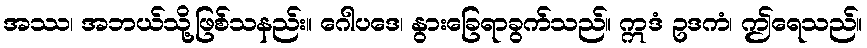
အဿ၊ အဘယ်သို့ဖြစ်သနည်း။ ဂေါပဒေ၊ နွားခြေရာခွက်သည်။ ဣဒံ ဥဒကံ၊ ဤရေသည်။